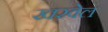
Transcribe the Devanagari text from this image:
खरवेल